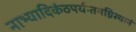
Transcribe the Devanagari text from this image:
नाभ्यादिकंठपर्यन्तमग्निस्थानं